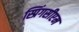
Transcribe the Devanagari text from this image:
स्प्रिंगसीएम